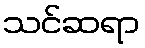
သင်ဆရာ